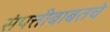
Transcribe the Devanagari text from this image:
संपत्तीबाबतचे